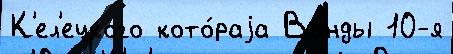
К'ел'ецкого кото́раjа Ванды 10-я